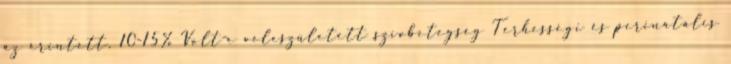
az érintett, 10-15% Volt-e veleszületett szívbetegség Terhességi és perinatális